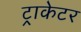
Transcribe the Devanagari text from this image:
ट्राकेटर